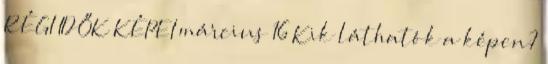
RÉGI IDŐK KÉPEI március 16 Kik láthatók a képen?